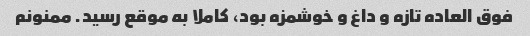
فوق العاده تازه و داغ و خوشمزه بود، کاملا به موقع رسید. ممنونم